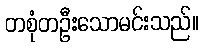
တစုံတဦးသောမင်းသည်။